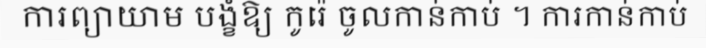
ការព្យាយាម បង្ខំឱ្យ កូរ៉េ ចូលកាន់កាប់ ។ ការកាន់កាប់